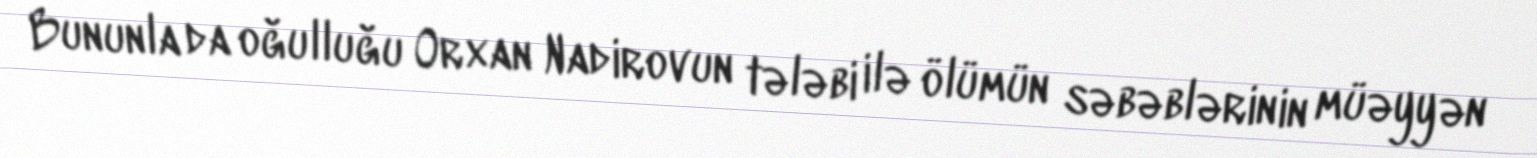
Bununla da oğulluğu Orxan Nadirovun tələbi ilə ölümün səbəblərinin müəyyən